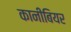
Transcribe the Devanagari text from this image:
कानीबियर